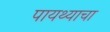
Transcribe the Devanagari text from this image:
पायथ्याचा